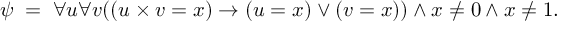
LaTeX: \psi \; = \; \forall u \forall v ( ( u \times v = x ) \rightarrow ( u = x ) \lor ( v = x ) ) \land x \neq 0 \land x \neq 1 .